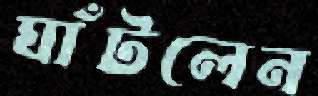
ঘাঁটলেন